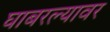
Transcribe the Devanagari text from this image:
घाबरल्यावर